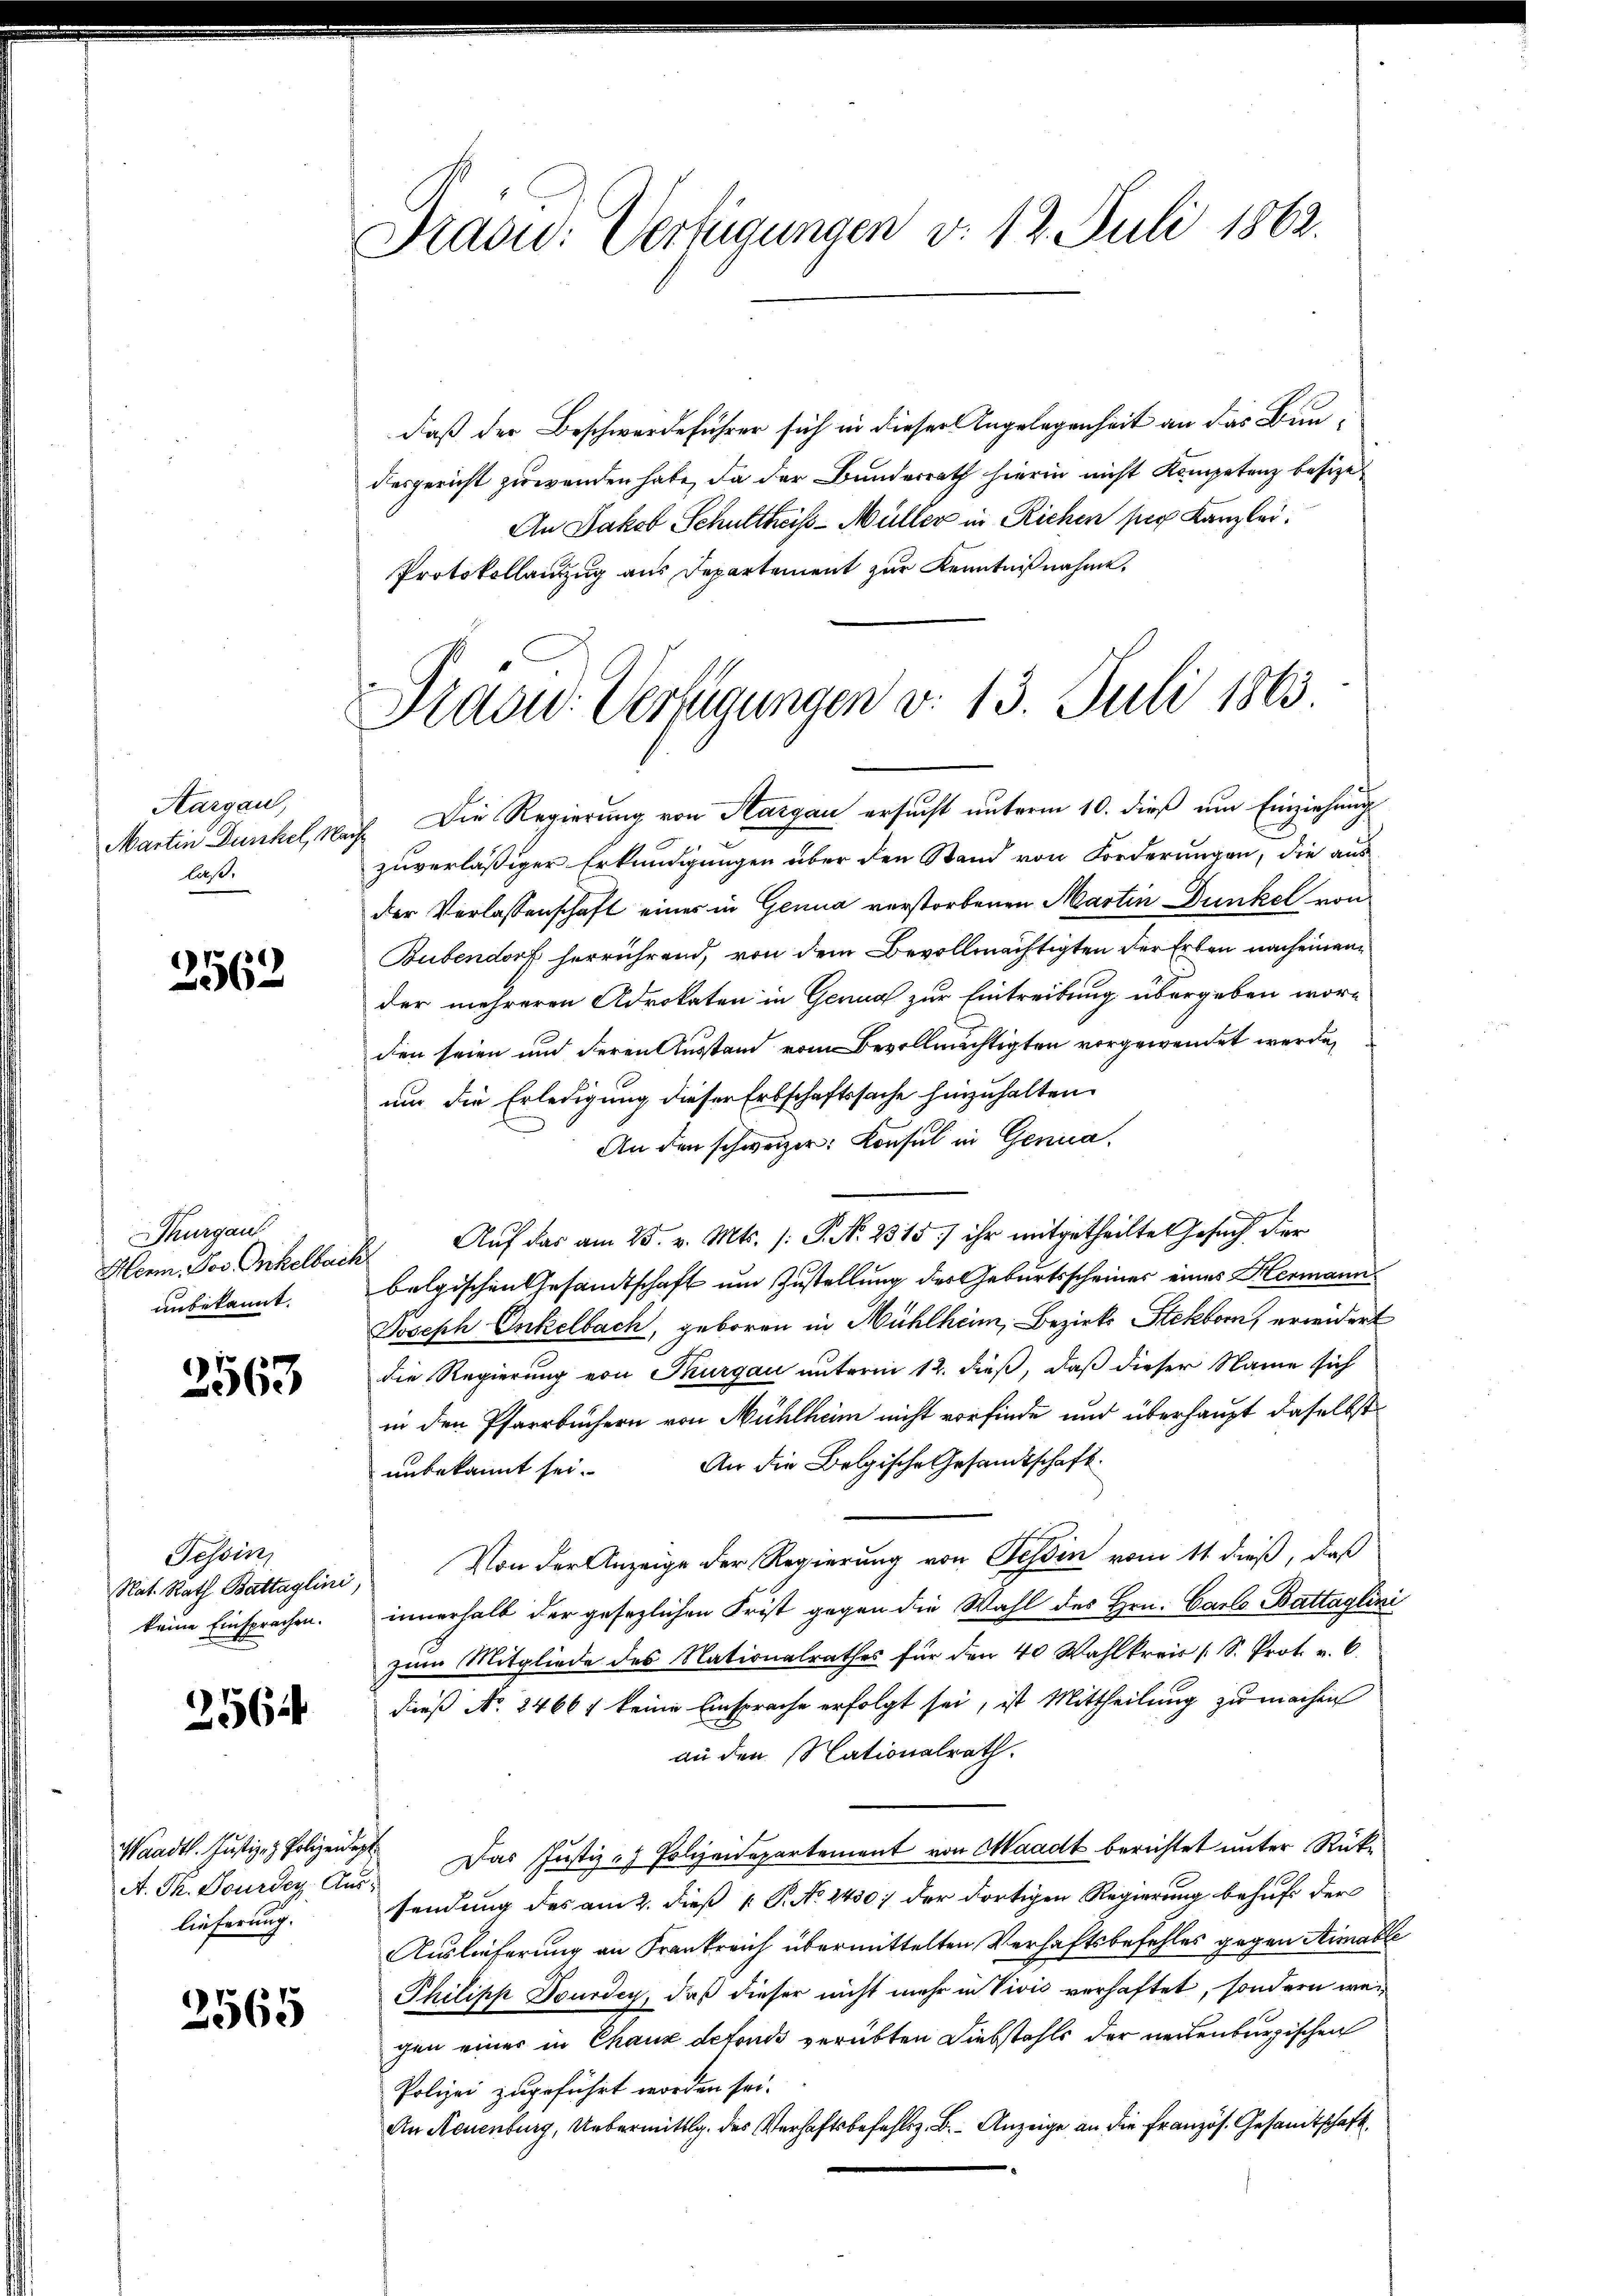
Aargau,
laß.

2562

Thurgau
Hern Pos Onkelbach.
anbekannt.

2563

Tessin,
keine Einsprachen.

2564

A. Th. Dourden Aus-
lieferung.

3565

Präsid. Verfügungen d. 12. Juli 1862.

Prasid. Verfügungen v. 13. Juli 1863

daß der Beschwerdeführer sich in dieser Angelegenheit an das Bundesgericht zuwenden habe, da der Bunderrath hierin nicht Kompetenz besize
An Jakob Schultheß-Müller in Richen per Kanzlei.
Protokollanzug aus Departement zur Kenntnißnahme.
Martin Dunkel, Nach Die Regierung von Aargau ersucht unterm 10. dieß um Einziehung
zuverläßiger Erkundigungen über den Stand von Forderungen, die aus
der Verlassenschaft einer in Genua verstorbenen Martin Dunkel von
Bubendorf herrührend, von dem Bevollmächtigten der Erben nach einen
der mehreren Advokaten in Genua zur Eintreibung übergeben worden seien und deren Ausstand vom Bevollmächtigten vorgewendet werde,
um die Erledigung dieser Erbschaftssache hinzuhalten.
An den schweizer. Konsul in Genua,
d
Auf das am 25. v. Mts. (: P. N. 2315) ihr mitgetheilte Gesuch der
belgischen Gesandtschaft um Zustellung der Geburtsscheiner eines Hermann
Joseph Onkelbach, geboren in Mühlheim, Bezirks Stekborn, erwidert
die Regierung von Thurgau unterm 12. dieß, daß dieser Name sich
in den Pfarrbüchern von Mühlheim nicht vorfinde und überhaupt daselbst
An die Belgische Gesandtschaft.
unbekannt sei.
Nat. Rath Battaglini Von der Anzeige der Regierung von Tessin vom 11 dieß, daß
innerhalb der gesezlichen Frist gegen die Wahl des Hrn. Carls Battaglini
zum Mitgliede des Nationalrathes für den 40 Wahlkreis (S. Prot. v. 6.
dieß No. 24667 keine Einsprache erfolgt sei, ist Mittheilung zu machen
an den Nationalrath.
aadt. Justiz- & Polizen das Justiz - Polizeidepartement von Waadt berichtet unter Rücksendung des am 2. dieß P. No 1450; der dortigen Regierung behufs der
Auslieferung an Frankreich übermittelten Verhaftsbefehles gegen Simable
Philipp Dourdey, daß dieser nicht mehr in Vivić verhaftet, sondern wei
gen einer in Chaux defonds verübten Diebstahls der neuenburgischen
Polizei zugeführt worden sei.
An Neuenburg, Uebermittlg. des Verhaftsbefehls z. B. Anzeige an die Französ. Gesandtschaft